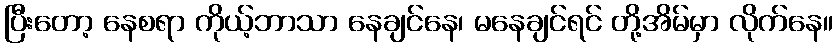
ပြီးတော့ နေစရာ ကိုယ့်ဘာသာ နေချင်နေ၊ မနေချင်ရင် တို့အိမ်မှာ လိုက်နေ။